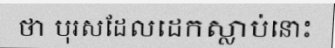
ថា បុរសដែលដេកស្លាប់នោះ